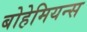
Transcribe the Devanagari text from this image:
बोहेमियन्स